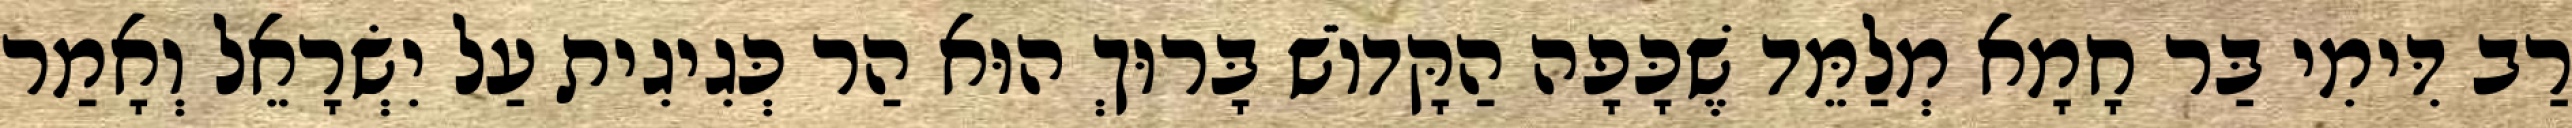
רַב דִּימִי בַּר חָמָא מְלַמֵּד שֶׁכָּפָה הַקָּדוֹשׁ בָּרוּךְ הוּא הַר כְּגִיגִית עַל יִשְׂרָאֵל וְאָמַר